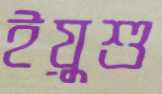
ইয়ুশু